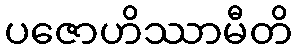
ပဇောဟိဿာမီတိ